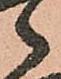
々